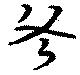
斧